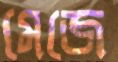
মেজে